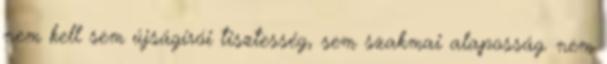
nem kell sem újságírói tisztesség, sem szakmai alaposság. nem